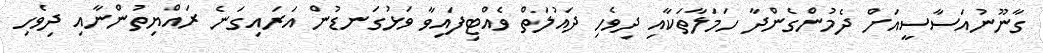
ގާނޫނުއަސާސީއަށް ދެމުންގެންދާ ހަމަލާތަކާއި ދިވެހި ދައުލަތް ވެއްޓިފައިވާ ވަޅުގަނޑުން އަރައިގަނެ ރައްޔިތުންނާއި ދިވެހި